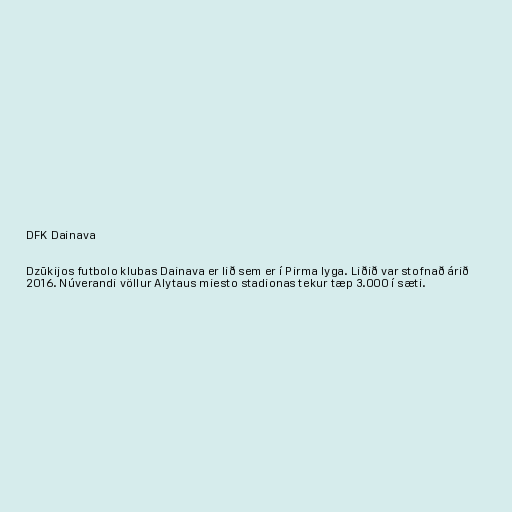
DFK Dainava

Dzūkijos futbolo klubas Dainava er lið sem er í Pirma lyga. Liðið var stofnað árið
2016. Núverandi völlur Alytaus miesto stadionas tekur tæp 3.000 í sæti.